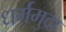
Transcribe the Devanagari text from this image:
धर्ममुद्रा